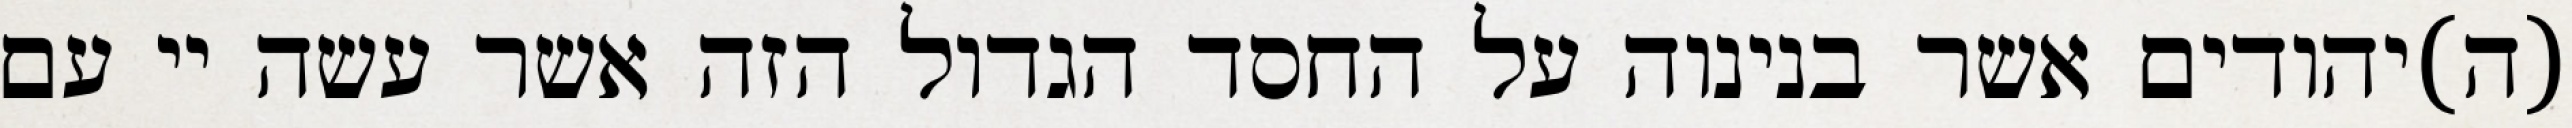
(ה)יהודים אשר בנינוה על החסד הגדול הזה אשר עשה יי עם